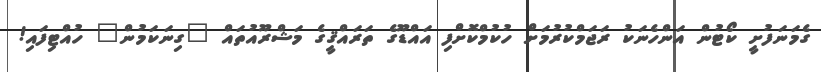
ގެމަނަފުށީ ކޯޓުން އަންހެނަކު ރަޖަމްކުރުމަށް ހުކުމްކޮށްފި އައްޑޫގެ ތަރައްޤީގެ މަޝްރޫއުތައް "ގިނަކަމުން" ހުއްޓިފައި!